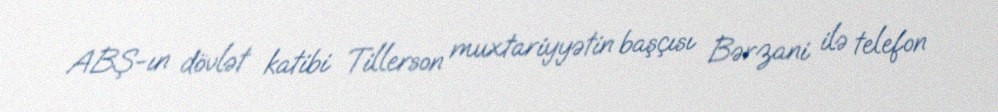
ABŞ-ın dövlət katibi Tillerson muxtariyyətin başçısı Bərzani ilə telefon